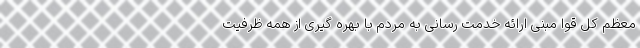
معظم کل قوا مبنی ارائه خدمت رسانی به مردم با بهره گیری از همه ظرفیت